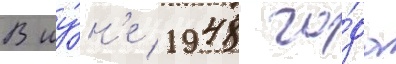
В иу́н'е 1948 го́да